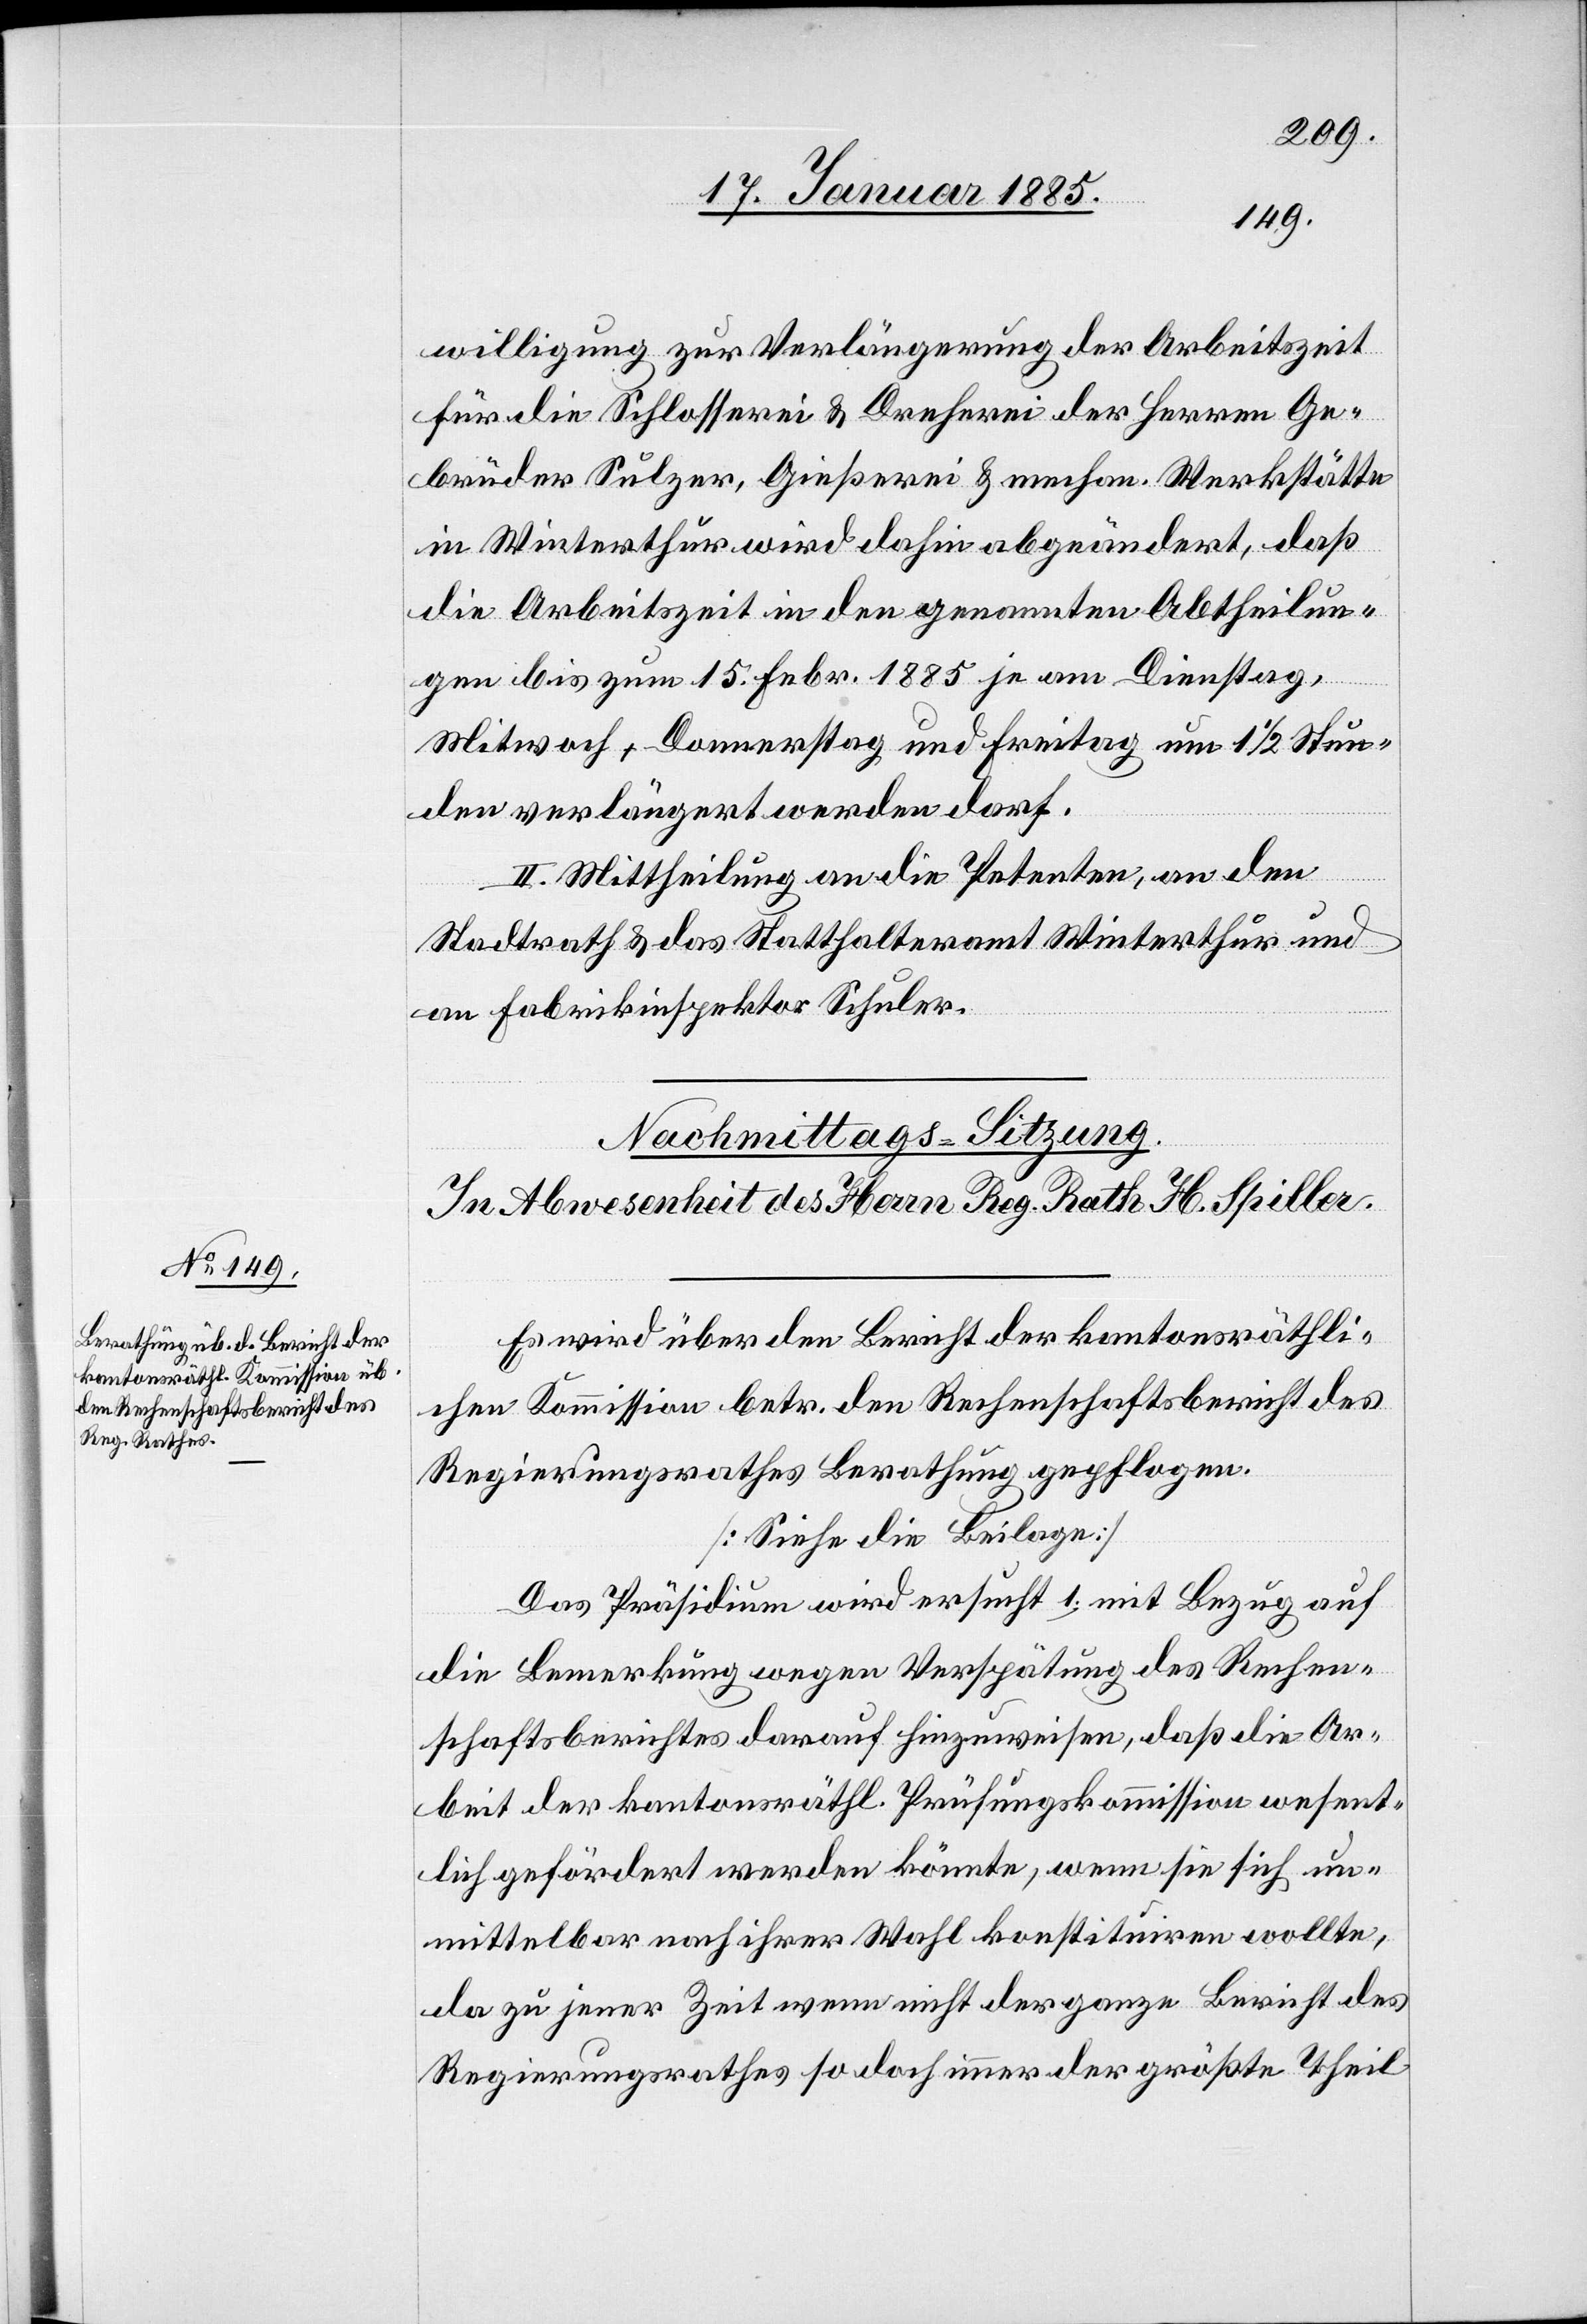
willigung zur Verlängerung der Arbeitszeit
für die Schlosserei & Dreherei der Herren Ge¬
brüder Sulzer, Gießerei & mechan. Werkstätte
in Winterthur wird dahin abgeändert, daß
die Arbeitszeit in den genannten Abtheilun¬
gen bis zum 15. Febr. 1885 je am Dienstag,
Mit[t]woch, Donnerstag und Freitag um 1 1/2 Stun¬
den verlängert werden darf.
II. Mittheilung an die Petenten, an den
Stadtrath & an das Statthalteramt Winterthur und
an Fabrikinspektor Schuler.
Es wird über den Bericht der kantonsräthli¬
chen Kommission betr. den Rechenschaftsbericht des
Regierungsrathes Berathung gepflogen.
[Siehe die Beilage]
Das Präsidium wird ersucht 1. mit Bezug auf
die Bemerkung wegen Verspätung des Rechen¬
schaftsberichtes darauf hinzuweisen, daß die Ar¬
beit der kantonsräthl. Prüfungskommission wesent¬
lich gefördert werden könnte, wenn sie sich un¬
mittelbar nach ihrer Wahl konstituiren wollte,
da zu jener Zeit nicht der ganze Bericht des
Regierungsrathes so doch immer der größte Theil